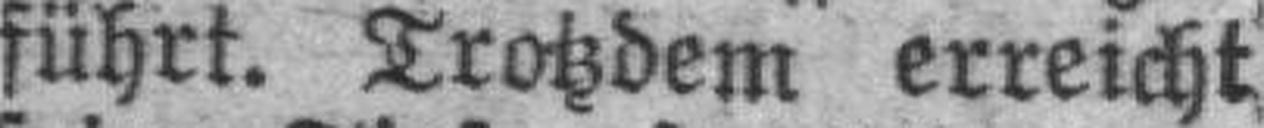
führt. Trotzdem erreicht